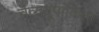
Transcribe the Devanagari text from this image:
चैत्ययूपांकिता